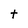
Character: t